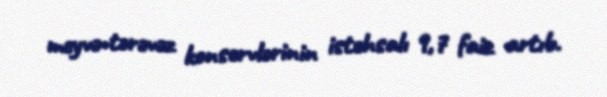
meyvə-tərəvəz konservlərinin istehsalı 9,7 faiz artıb.